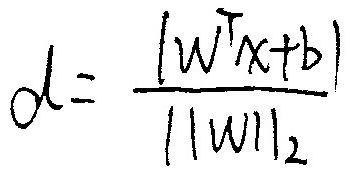
\[
d = \frac{\left| \mathbf{w}^{\top} \mathbf{x} + b \right|}{\left\lVert \mathbf{w} \right\rVert_2}
\]